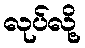
လုပ်လို့